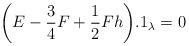
LaTeX: \begin{align*}\bigg(E-\frac{3}{4}F+\frac{1}{2}Fh\bigg).1_{\lambda}=0\end{align*}